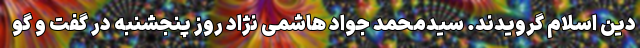
دین اسلام گرویدند. سیدمحمد جواد هاشمی نژاد روز پنجشنبه در گفت و گو